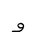
Letter: _waw